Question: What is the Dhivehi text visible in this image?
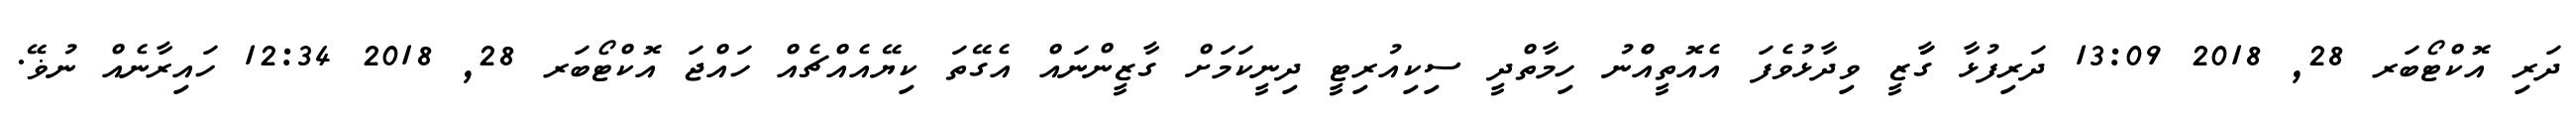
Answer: ދަރި އޮކްޓޯބަރ 28, 2018 13:09 ދަރިފުޅާ ގާަޒީ ވިދާޅުވެފަ އެއޮތީއެްނު ހިމާތްދީ ސިކިއުރިޓީ ދިނީކަމަށް ގާޒީންނައް އެގޭތަ ކިޔޭއެއްޗެއް ހައްޖަ އޮކްޓޯބަރ 28, 2018 12:34 ހައިރާނެއް ނުޥޭ.